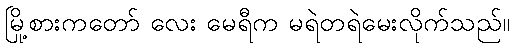
မြို့စားကတော် လေး မေရီက မရဲတရဲမေးလိုက်သည်။